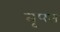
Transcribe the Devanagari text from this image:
तृपत